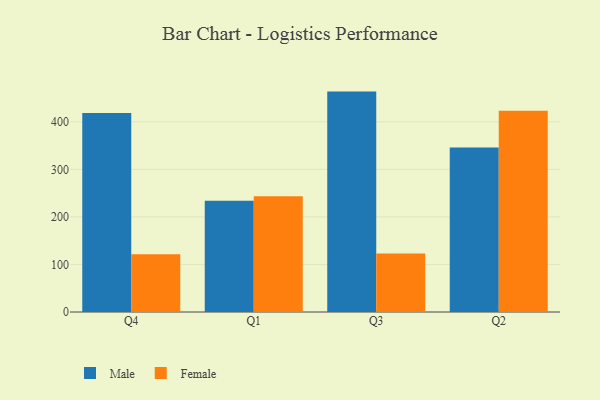
{"axis": {"x": "Quarter", "y": "Gross Profit (USD K)"}, "legend": ["Female", "Male"], "data": [{"x": "Q4", "y": 418.6, "type": "Male"}, {"x": "Q4", "y": 121.7, "type": "Female"}, {"x": "Q1", "y": 233.9, "type": "Male"}, {"x": "Q1", "y": 243.3, "type": "Female"}, {"x": "Q3", "y": 463.6, "type": "Male"}, {"x": "Q3", "y": 123.2, "type": "Female"}, {"x": "Q2", "y": 346.0, "type": "Male"}, {"x": "Q2", "y": 423.2, "type": "Female"}]}